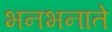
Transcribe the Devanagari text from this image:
भनभनाते